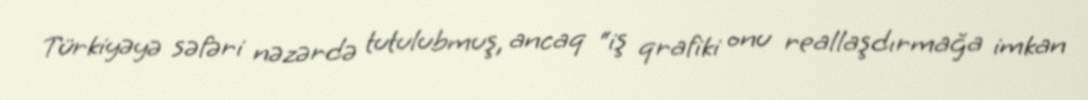
Türkiyəyə səfəri nəzərdə tutulubmuş, ancaq “iş qrafiki onu reallaşdırmağa imkan